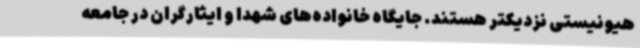
هیونیستی نزدیکتر هستند. جایگاه خانواده‌های شهدا و ایثارگران در جامعه